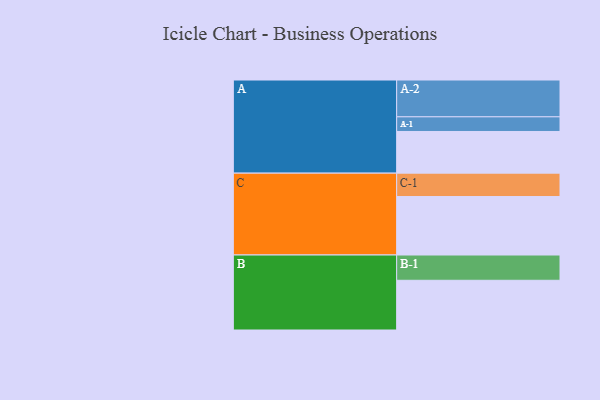
{"axis": {"x": "Segment", "y": "Value"}, "legend": ["", "A", "B", "C"], "data": [{"x": "A", "y": 310, "type": ""}, {"x": "B", "y": 370, "type": ""}, {"x": "C", "y": 435, "type": ""}, {"x": "A-1", "y": 109, "type": "A"}, {"x": "A-2", "y": 274, "type": "A"}, {"x": "B-1", "y": 188, "type": "B"}, {"x": "C-1", "y": 174, "type": "C"}]}